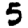
Digit: 5